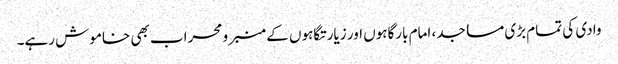
وادی کی تمام بڑی مساجد، امام بارگاہوں اور زیارتگاہوں کے منبر و محراب بھی خاموش رہے۔